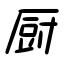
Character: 厨